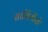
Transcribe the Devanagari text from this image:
सार्मियेंतो